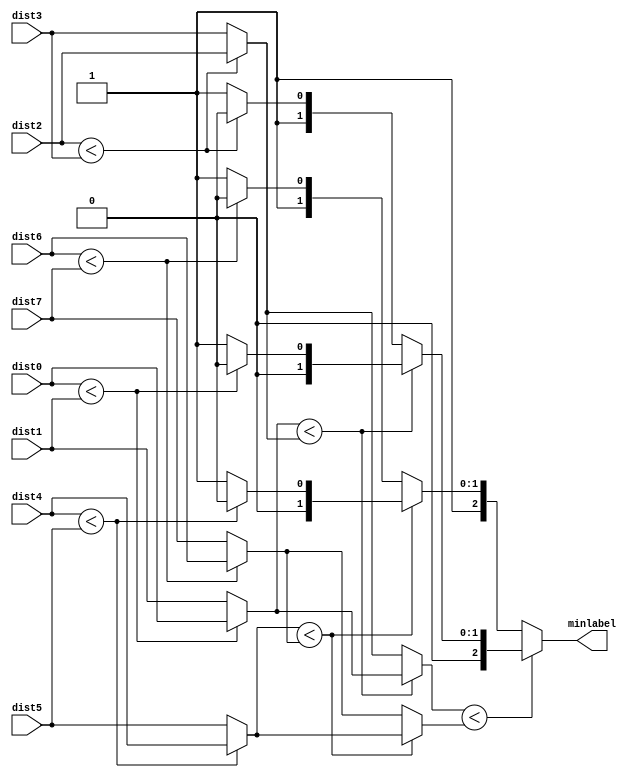
`timescale 1ns / 1ps
//////////////////////////////////////////////////////////////////////////////////
// Company: 
// Engineer: 
// 
// Design Name: 
// Module Name: find_min
// Project Name: 
// Target Devices: 
// Tool Versions: 
// Description: 
// 
// Dependencies: 
// 
// Revision:
// Revision 0.01 - File Created
// Additional Comments:
// 
//////////////////////////////////////////////////////////////////////////////////
`define DEPTH 1024
`define LOG_DEPTH 10
`define WIDTH 16
`define DOUBLE_WIDTH 32
`define NUM_LABEL 8
`define LOG_NUM_LABEL 3
   
module find_min(
    input [`DOUBLE_WIDTH:0] dist0,
    input [`DOUBLE_WIDTH:0] dist1,
    input [`DOUBLE_WIDTH:0] dist2,
    input [`DOUBLE_WIDTH:0] dist3,
    input [`DOUBLE_WIDTH:0] dist4,
    input [`DOUBLE_WIDTH:0] dist5,
    input [`DOUBLE_WIDTH:0] dist6,
    input [`DOUBLE_WIDTH:0] dist7,
    output [`LOG_NUM_LABEL-1:0] minlabel
    );
    	
	// Minimum distance in corresponding index range
	wire [`DOUBLE_WIDTH:0] dist01;
	wire [`DOUBLE_WIDTH:0] dist23;
	wire [`DOUBLE_WIDTH:0] dist45;
	wire [`DOUBLE_WIDTH:0] dist67;
	wire [`DOUBLE_WIDTH:0] dist03;
	wire [`DOUBLE_WIDTH:0] dist47;
	
	wire comp01,comp23,comp45,comp67;
	wire [1:0] comp03,comp47;
	
	assign comp01 = dist0 < dist1 ? 0 : 1;
	assign dist01 = dist0 < dist1 ? dist0 : dist1;
	assign comp23 = dist2 < dist3 ? 0 : 1;
	assign dist23 = dist2 < dist3 ? dist2 : dist3;
	assign comp45 = dist4 < dist5 ? 0 : 1;
	assign dist45 = dist4 < dist5 ? dist4 : dist5;
	assign comp67 = dist6 < dist7 ? 0 : 1;
	assign dist67 = dist6 < dist7 ? dist6 : dist7;
	
	assign comp03 = dist01 < dist23 ? {1'b0,comp01} : {1'b1,comp23};
	assign dist03 = dist01 < dist23 ? dist01 : dist23;
	assign comp47 = dist45 < dist67 ? {1'b0,comp45} : {1'b1,comp67};
	assign dist47 = dist45 < dist67 ? dist45 : dist67;
	
	// Try to understand what have been on in the lines above. Fill the line below.
	 assign minlabel = dist03 < dist47 ? {1'b0,comp03} : {1'b1,comp47};
endmodule